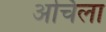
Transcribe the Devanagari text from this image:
अर्चिला